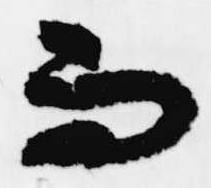
而